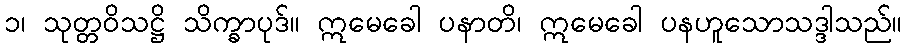
၁၊ သုတ္တဝိသဋ္ဌိ သိက္ခာပုဒ်။ ဣမေခေါ ပနာတိ၊ ဣမေခေါ ပနဟူသောသဒ္ဒါသည်။